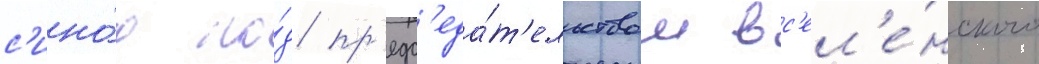
с'ино́д по́д пр'едс'еда́т'ельством вс'ел'е́нского